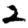
Digit: 2